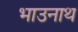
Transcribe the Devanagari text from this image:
भाउनाथ